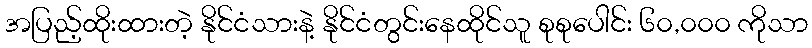
အပြည့်ထိုးထားတဲ့ နိုင်ငံသားနဲ့ နိုင်ငံတွင်းနေထိုင်သူ စုစုပေါင်း ၆၀,၀၀၀ ကိုသာ